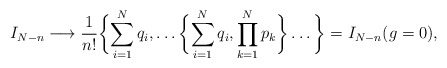
\begin{align*}I_{N-n} \longrightarrow \frac{1}{n!} \biggl\{\sum_{i=1}^N q_i,\dots \biggl\{\sum_{i=1}^N q_i, \prod_{k=1}^N p_k \biggr\}\dots \biggr\}=I_{N-n}(g=0), \end{align*}